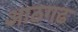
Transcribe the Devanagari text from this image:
आठगढ